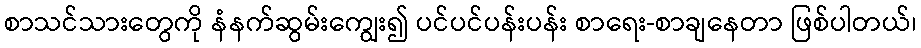
စာသင်သားတွေကို နံနက်ဆွမ်းကျွေး၍ ပင်ပင်ပန်းပန်း စာရေး-စာချနေတာ ဖြစ်ပါတယ်၊